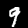
Digit: 9